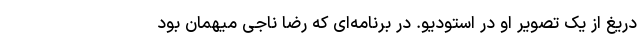
دریغ از یک تصویر او در استودیو. در برنامه‌ای که رضا ناجی میهمان بود